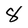
Character: 8